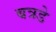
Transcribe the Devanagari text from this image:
बत्रडे